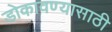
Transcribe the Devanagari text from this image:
डोकावण्यासाठी